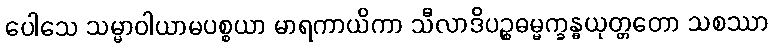
ပေါသေ သမ္မာဝါယာမပစ္စယာ မာရကာယိကာ သီလာဒိပဉ္စဓမ္မက္ခန္ဓယုတ္တတော သစဿာ